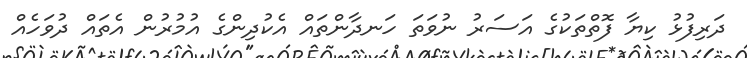
ދަރިފުޅު ކިޔާ ފޮތްތަކުގެ އަސަރު ނުވަތަ ހަނދާންތައް އެކުދިންގެ އުމުރުން އެތައް ދުވަހެއް